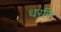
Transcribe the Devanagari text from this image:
धरनि